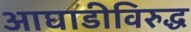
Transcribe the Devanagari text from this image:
आघाडीविरुद्ध